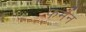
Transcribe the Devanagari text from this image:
फर्मन